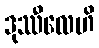
ဒုဿီလေဟိ